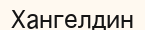
Хангелдин